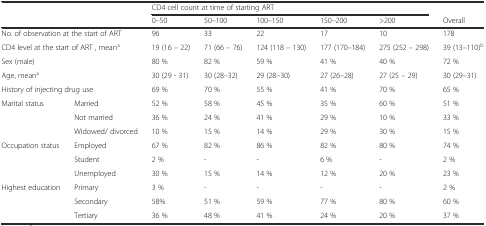
| <ROWSPAN=2-COLSPAN=2>  | <COLSPAN=5> CD4 cell count at time of starting ART |  |
 | 0–50 | 50–100 | 100–150 | 150–200 | >200 | Overall |
 | --- | --- | --- | --- | --- | --- | --- | --- |
 | <COLSPAN=2> No. of observation at the start of ART | 96 | 33 | 22 | 17 | 10 | 178 |
 | <COLSPAN=2> CD4 level at the start of ART , meana | 19 (16 – 22) | 71 (66 – 76) | 124 (118 – 130) | 177 (170–184) | 275 (252 – 298) | 39 (13–110)b |
 | <COLSPAN=2> Sex (male) | 80 % | 82 % | 59 % | 41 % | 40 % | 72 % |
 | <COLSPAN=2> Age, meana | 30 (29 - 31) | 30 (28–32) | 29 (28–30) | 27 (26–28) | 27 (25 – 29) | 30 (29–31) |
 | <COLSPAN=2> History of injecting drug use | 69 % | 70 % | 55 % | 41 % | 70 % | 65 % |
 | <ROWSPAN=3> Marital status | Married | 52 % | 58 % | 45 % | 35 % | 60 % | 51 % |
 | Not married | 36 % | 24 % | 41 % | 29 % | 10 % | 33 % |
 | Widowed/ divorced | 10 % | 15 % | 14 % | 29 % | 30 % | 15 % |
 | <ROWSPAN=3> Occupation status | Employed | 67 % | 82 % | 86 % | 82 % | 80 % | 74 % |
 | Student | 2 % | - | - | 6 % | - | 2 % |
 | Unemployed | 30 % | 15 % | 14 % | 12 % | 20 % | 23 % |
 | <ROWSPAN=3> Highest education | Primary | 3 % | - | - | - | - | 2 % |
 | Secondary | 58% | 51 % | 59 % | 77 % | 80 % | 60 % |
 | Tertiary | 36 % | 48 % | 41 % | 24 % | 20 % | 37 % |